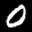
Digit: 0